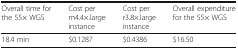
<table><thead><tr><td><b>Overall time for the 55× WGS</b></td><td><b>Cost per m4.4×.large instance</b></td><td><b>Cost per r3.8×.large instance</b></td><td><b>Overall expenditure for the 55× WGS</b></td></tr></thead><tbody><tr><td>18.4 min</td><td>$0.1287</td><td>$0.4386</td><td>$16.50</td></tr></tbody></table>